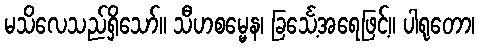
မသိလေသည်ရှိသော်။ သီဟစမ္မေန၊ ခြင်္သေ့အရေဖြင့်။ ပါရုတော၊